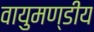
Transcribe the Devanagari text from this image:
वायुमण्डीय